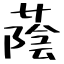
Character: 蔭